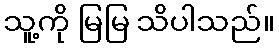
သူ့ကို မြမြ သိပါသည်။